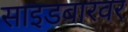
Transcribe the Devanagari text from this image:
साइडबारवर